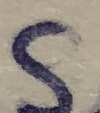
Text: S1